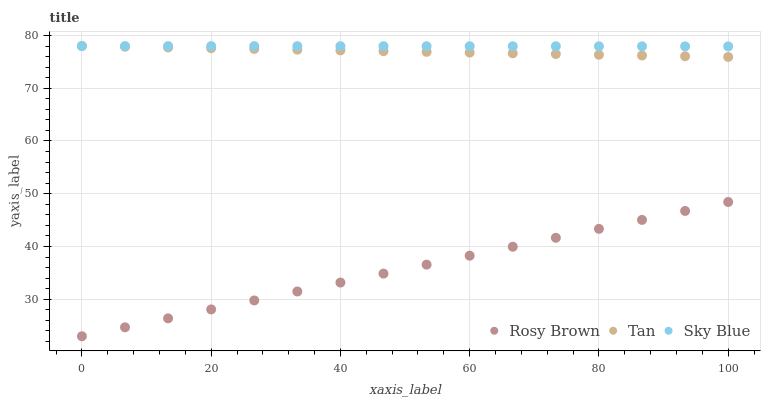
| xaxis_label | Rosy Brown | Tan | Sky Blue |
 | --- | --- | --- | --- |
 | 0 | 23 | 78 | 78 |
 | 6.67 | 24.7 | 77.9 | 78 |
 | 13.3 | 26.4 | 77.7 | 78 |
 | 20 | 28.1 | 77.6 | 78 |
 | 26.7 | 29.8 | 77.4 | 78 |
 | 33.3 | 31.5 | 77.3 | 78 |
 | 40 | 33.2 | 77.2 | 78 |
 | 46.7 | 34.9 | 77 | 78 |
 | 53.3 | 36.6 | 76.9 | 78 |
 | 60 | 38.3 | 76.8 | 78 |
 | 66.7 | 40 | 76.6 | 78 |
 | 73.3 | 41.7 | 76.5 | 78 |
 | 80 | 43.4 | 76.3 | 77.9 |
 | 86.7 | 45.1 | 76.2 | 77.9 |
 | 93.3 | 46.7 | 76.1 | 77.9 |
 | 100 | 48.4 | 75.9 | 77.9 |